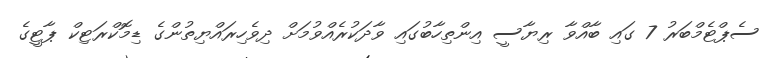
ސެޕްޓެމްބަރު 7 ގައި ބާއްވާ ރިޔާސީ އިންތިހާބުގައި ވާދަކުރެއްވުމަށް ދިވެހިރައްޔިތުންގެ ޑިމޮކްރަޓިކް ޕާޓީގެ